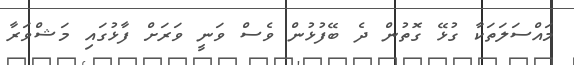
މައްސަލަތަކާ ގުޅޭ ގޮތުން ދެ ބޭފުޅުން ވެސް ވަނީ ވަރަށް ފާޅުގައި މަޝްވަރާ